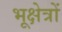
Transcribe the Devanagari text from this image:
भूक्षेत्रों